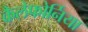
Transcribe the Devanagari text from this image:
कैलेफोर्निया